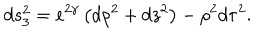
d s _ { 3 } ^ { 2 } = e ^ { 2 \gamma } \left( d \rho ^ { 2 } + d z ^ { 2 } \right) - \rho ^ { 2 } d \tau ^ { 2 } .